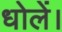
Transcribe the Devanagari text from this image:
धोलें।